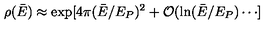
\rho ( \bar { E } ) \approx \exp [ 4 \pi ( \bar { E } / E _ { P } ) ^ { 2 } + { \cal O } ( \ln ( \bar { E } / E _ { P } ) \cdots ]